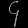
Digit: ၄